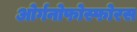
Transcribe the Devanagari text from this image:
ओर्गनोफोस्फोरस